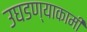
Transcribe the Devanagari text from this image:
उघडण्याकामी